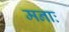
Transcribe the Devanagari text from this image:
मनाः